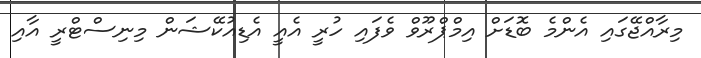
މިރާއްޖޭގައި އެންމެ ބޮޑަށް އިމްޕްރޫވް ވެފައި ހުރީ އެއީ އެޑިއުކޭޝަން މިނިސްޓްރީ އާއި